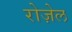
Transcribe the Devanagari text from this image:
रोज़ेल